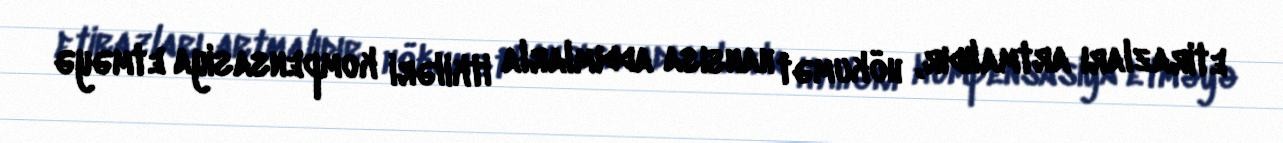
etirazları artmalıdır, hökumət hansısa addımlarla itkiləri kompensasiya etməyə